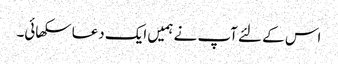
اس کے لئے آپ نے ہمیں ایک دعا سکھائی۔